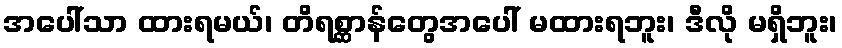
အပေါ်သာ ထားရမယ်၊ တိရစ္ဆာန်တွေအပေါ် မထားရဘူး၊ ဒီလို မရှိဘူး၊